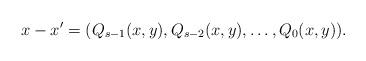
LaTeX: \begin{align*}x-x^{\prime}=(Q_{s-1}(x,y),Q_{s-2}(x,y), \ldots, Q_{0}(x,y)). \end{align*}